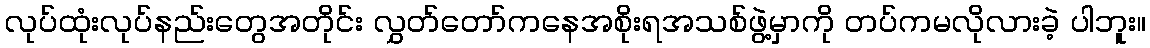
လုပ်ထုံးလုပ်နည်းတွေအတိုင်း လွှတ်တော်ကနေအစိုးရအသစ်ဖွဲ့မှာကို တပ်ကမလိုလားခဲ့ ပါဘူး။